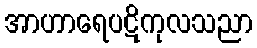
အာဟာရေပဋိကုလသညာ